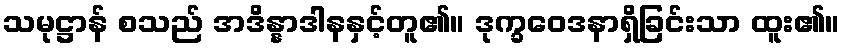
သမုဋ္ဌာန် စသည် အဒိန္နာဒါနနှင့်တူ၏။ ဒုက္ခဝေဒနာရှိခြင်းသာ ထူး၏။